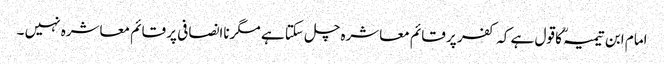
امام ابن تیمیہؒ کا قول ہے کہ کفر پر قائم معاشرہ چل سکتا ہے مگرناانصافی پر قائم معاشرہ نہیں ۔